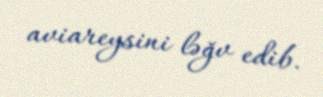
aviareysini ləğv edib.